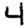
Digit: 4